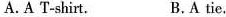
A.T-shirt. B.A tie.